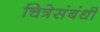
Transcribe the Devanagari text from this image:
चित्रेसंबंधी